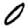
Digit: 0